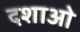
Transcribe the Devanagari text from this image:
दशाओ